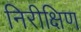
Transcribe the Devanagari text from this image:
निरीक्षिण